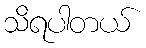
သိရပါတယ်